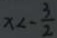
x < - \frac { 3 } { 2 }